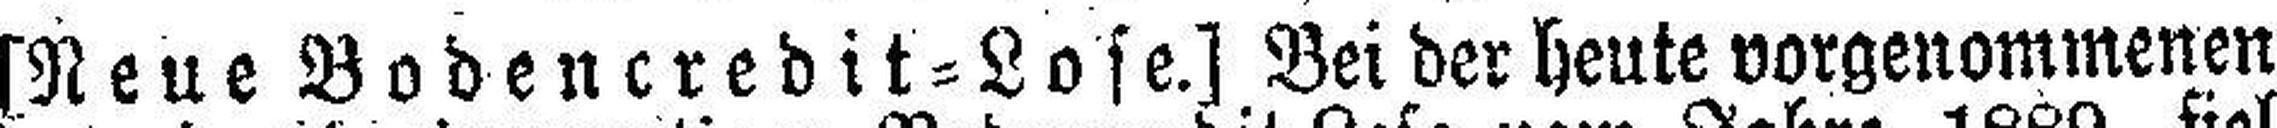
[Neue Bodencredit=Lose.] Bei der heute vorgenommenen